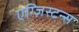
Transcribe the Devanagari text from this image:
एग्ज़िस्टन्स